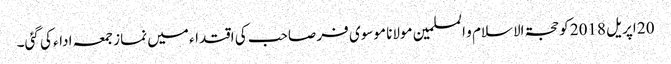
20 اپریل 2018 کو حجۃ الاسلام و المسلمین مولانا موسوی فر صاحب کی اقتداء میں نماز جمعہ ادا‏ء کی گئی۔